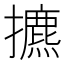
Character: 㩠